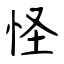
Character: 怪